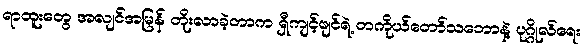
ရာထူးတွေ အလျင်အမြန် တိုးလာခဲ့တာက ရှီကျင့်ဖျင်ရဲ့ တကိုယ်တော်သဘောနဲ့ ပုဂ္ဂိုလ်ရေး